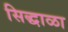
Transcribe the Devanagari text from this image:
सिद्धाळा